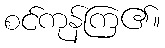
စင်ကုန်ကြ၏။